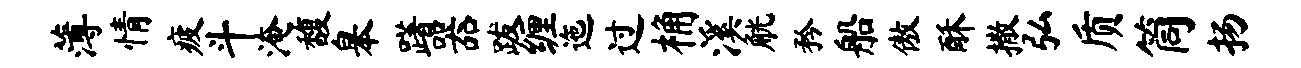
薄情疲斗淹馥皋躇器跋缠迤过桷溪觥矜船傲酥撒弘质筒扬